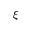
\xi